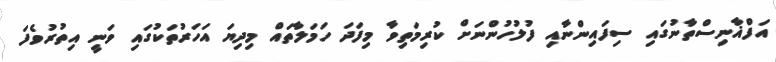
އަފްޣާނިސްތާނުގައި ސިފައިންނާއި ފުލުހުންނަށް ކުރިމަތިވާ މިފަދަ ހަމަލާތައް މިދިޔަ އަހަރުތަކުގައި ވަނީ އިތުރުވެފަ